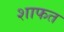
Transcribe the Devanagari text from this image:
शाफत